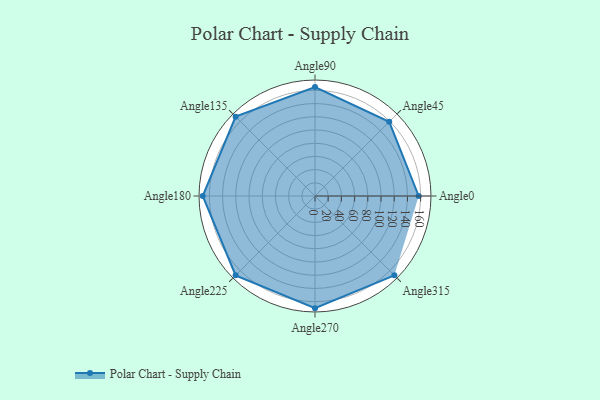
{"axis": {"x": "Angle", "y": "Radius"}, "legend": [""], "data": [{"x": "Angle0", "y": 157.0, "type": ""}, {"x": "Angle45", "y": 159.0, "type": ""}, {"x": "Angle90", "y": 165.0, "type": ""}, {"x": "Angle135", "y": 170, "type": ""}, {"x": "Angle180", "y": 170, "type": ""}, {"x": "Angle225", "y": 170, "type": ""}, {"x": "Angle270", "y": 170, "type": ""}, {"x": "Angle315", "y": 170, "type": ""}]}